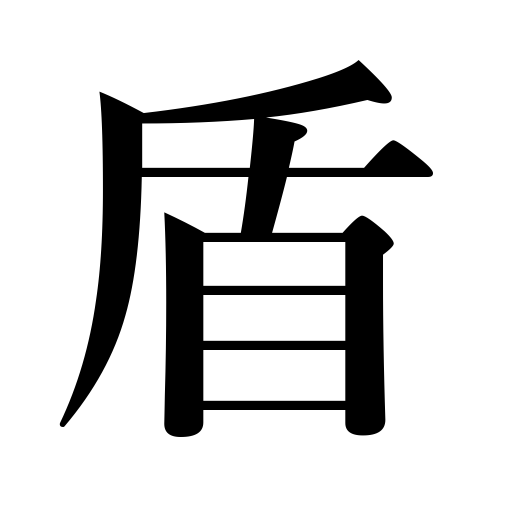
Meanings: pretext,escutcheon,buckler,shield